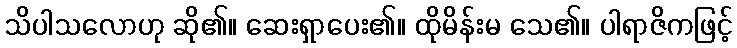
သိပါသလောဟု ဆို၏။ ဆေးရှာပေး၏။ ထိုမိန်းမ သေ၏။ ပါရာဇိကဖြင့်